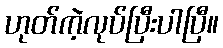
ဟုတ်ကဲ့လုပ်ပြီးပါပြီ။